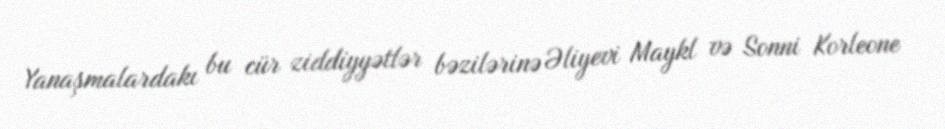
Yanaşmalardakı bu cür ziddiyyətlər bəzilərinə Əliyevi Maykl və Sonni Korleone